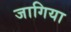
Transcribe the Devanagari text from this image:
जागिया